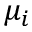
\mu _ { i }